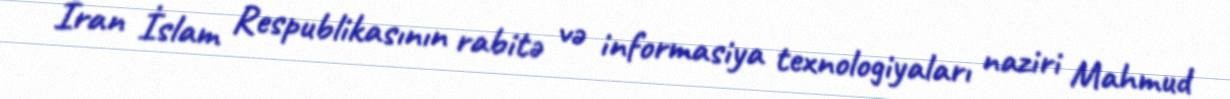
İran İslam Respublikasının rabitə və informasiya texnologiyaları naziri Mahmud